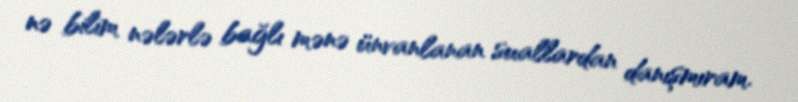
nə bilim nələrlə bağlı mənə ünvanlanan suallardan danışmıram.